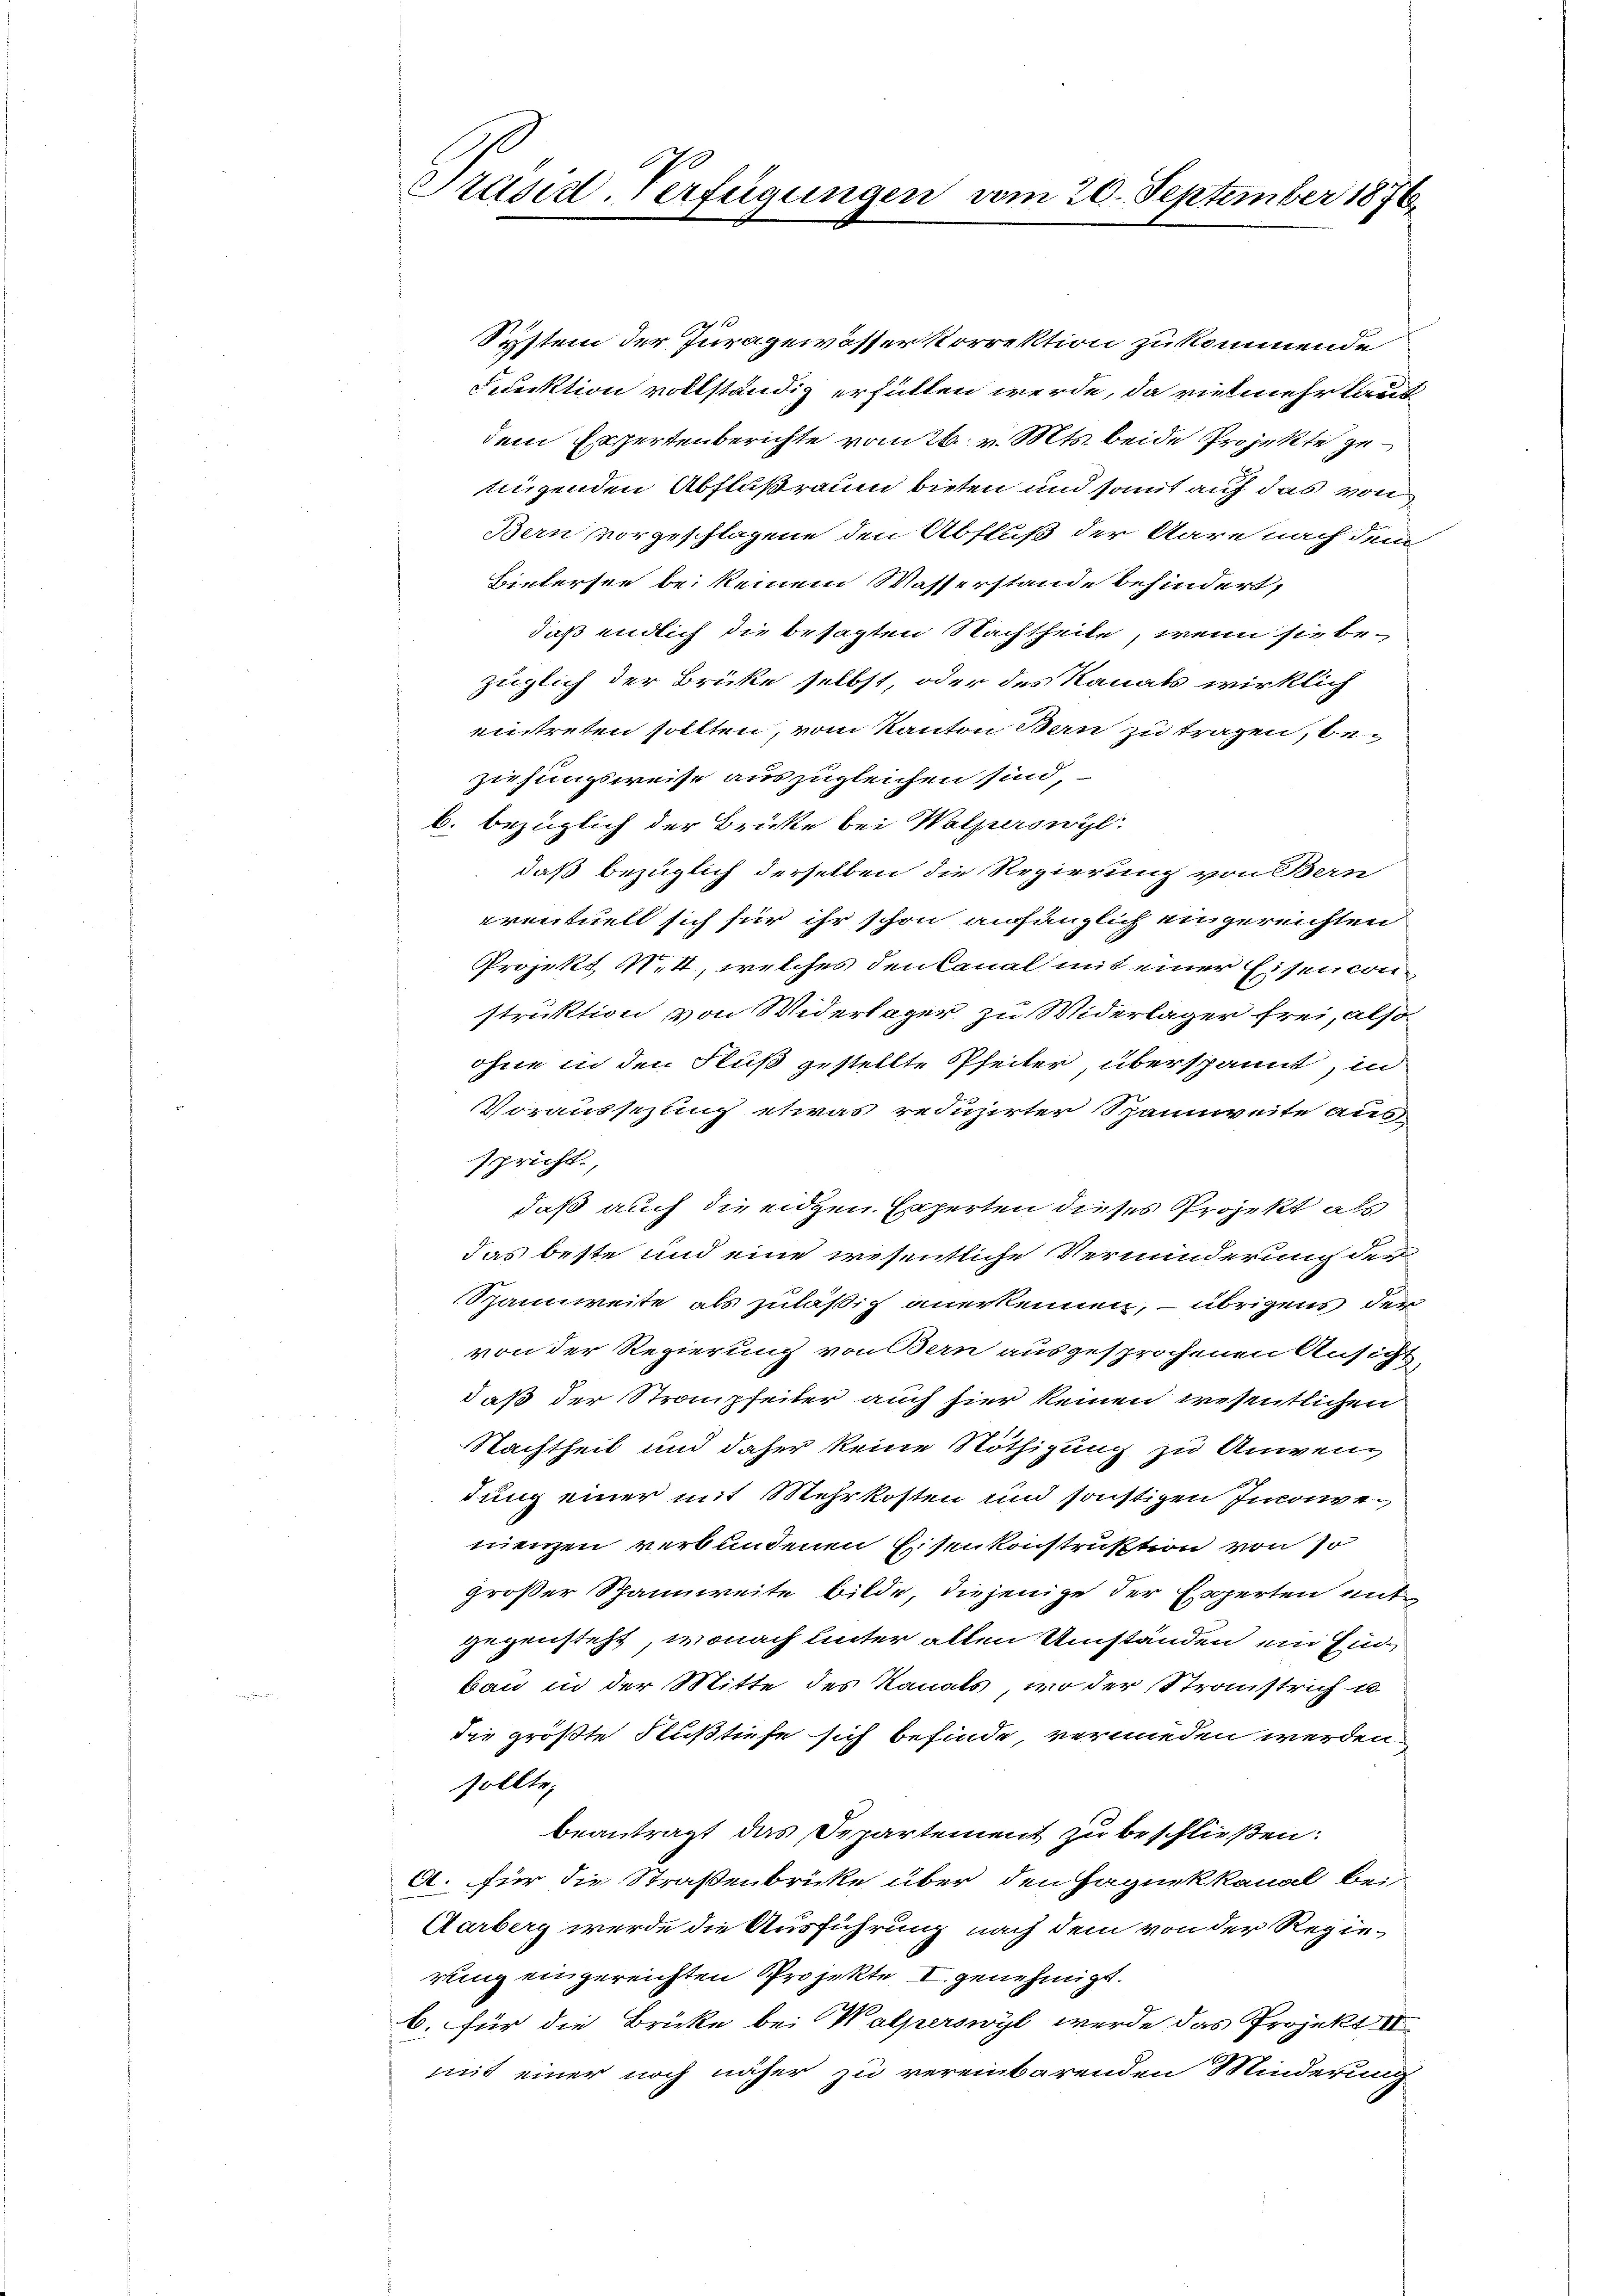
System der Juragewösser korrektion zu kommende
Funktion vollständig erfüllen werde, da vielmehr laut
dem Expertenberichte vom 26. v. Mts. beide Projekte genügenden Abflußraum bieten und somit auf das von
Bern vorgeschlagene den Abfluß der Aare nach dem
Bietersee bei keinem Wasserstande behindert,
daß endlich die besagten Nachtheite, wenn sie bezüglich der Brüke selbst, oder des Kanats wirklich
entreten sollten, vom Kanton Bern zu tragen, beziehungsweise auszugleichen sind,
b. bezüglich der Brüke bei Walperswyl
daß bezüglich derselben die Regierung von Bern
eventuell sich für ihr schon anfänglich eingereichten
Projekt N. 4, welches den Canal mit einer Eisenconstruktion von Widerlager zu Widerlager frei, also
ohne in den Fluß gestellte Pfeiter, überspannt, in
VVoraussezung etwas reduzirter Spannweite aus
spricht.
daß auch die eigen Experten dieses Projekt als
das beste und eine wesentliche Verminderung der
Spannweite als zuläßig anerkennen, – übrigens der
von der Regierung von Bern ausgesprochenen Ansicht,
daß der Stranzfeiter auch hier keinen wesentlichen
Nachtheil und daher keine Nöthigung zu Anwendung einer mit Mehrkosten und sonstigen Inconvenienzen verbundenen Eisenkonstruktion von so
großer Spannweite bilde, diejenige der Experten ent-
gegensteht, wonach unter allen Umständen ein Einbau in der Mitte des Kanals, wo der Stranstrich u
die größte Flußtiefe sich befinde, vermieden werden
sollte.
beantragt das Departement zu beschließen:
A. für die Straßenbrücke über den Haguekkanal bei
Aarberg werde die Ausführung nach dem von der Regierung eingereichten Projekte I genehmigt.
b. für die Brücke bei Wolperswyl werde das Projekt III
mit einer noch näher zu vereinbarenden Minderung

Präsid-Verfügungen vom 20. September 1876.